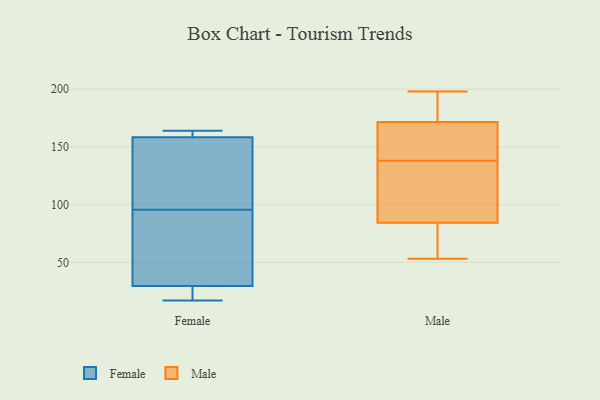
{"axis": {"x": "Page Views", "y": "Value"}, "legend": ["Female", "Male"], "data": [{"x": "", "y": 17, "type": "Female"}, {"x": "", "y": 29, "type": "Female"}, {"x": "", "y": 62, "type": "Female"}, {"x": "", "y": 113, "type": "Female"}, {"x": "", "y": 161, "type": "Female"}, {"x": "", "y": 119, "type": "Female"}, {"x": "", "y": 164, "type": "Female"}, {"x": "", "y": 156, "type": "Female"}, {"x": "", "y": 27, "type": "Female"}, {"x": "", "y": 161, "type": "Female"}, {"x": "", "y": 78, "type": "Female"}, {"x": "", "y": 30, "type": "Female"}, {"x": "", "y": 141, "type": "Male"}, {"x": "", "y": 77, "type": "Male"}, {"x": "", "y": 97, "type": "Male"}, {"x": "", "y": 138, "type": "Male"}, {"x": "", "y": 171, "type": "Male"}, {"x": "", "y": 80, "type": "Male"}, {"x": "", "y": 183, "type": "Male"}, {"x": "", "y": 115, "type": "Male"}, {"x": "", "y": 198, "type": "Male"}, {"x": "", "y": 191, "type": "Male"}, {"x": "", "y": 109, "type": "Male"}, {"x": "", "y": 66, "type": "Male"}, {"x": "", "y": 172, "type": "Male"}, {"x": "", "y": 53, "type": "Male"}, {"x": "", "y": 155, "type": "Male"}]}